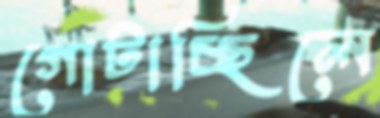
গোটাচ্ছিলে